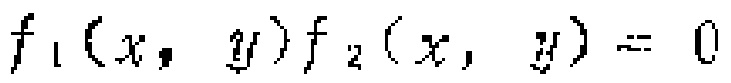
\(f_1(x,y)f_2(x,y)=0\)